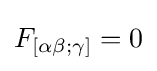
F_{[\alpha \beta ;\gamma ]}=0